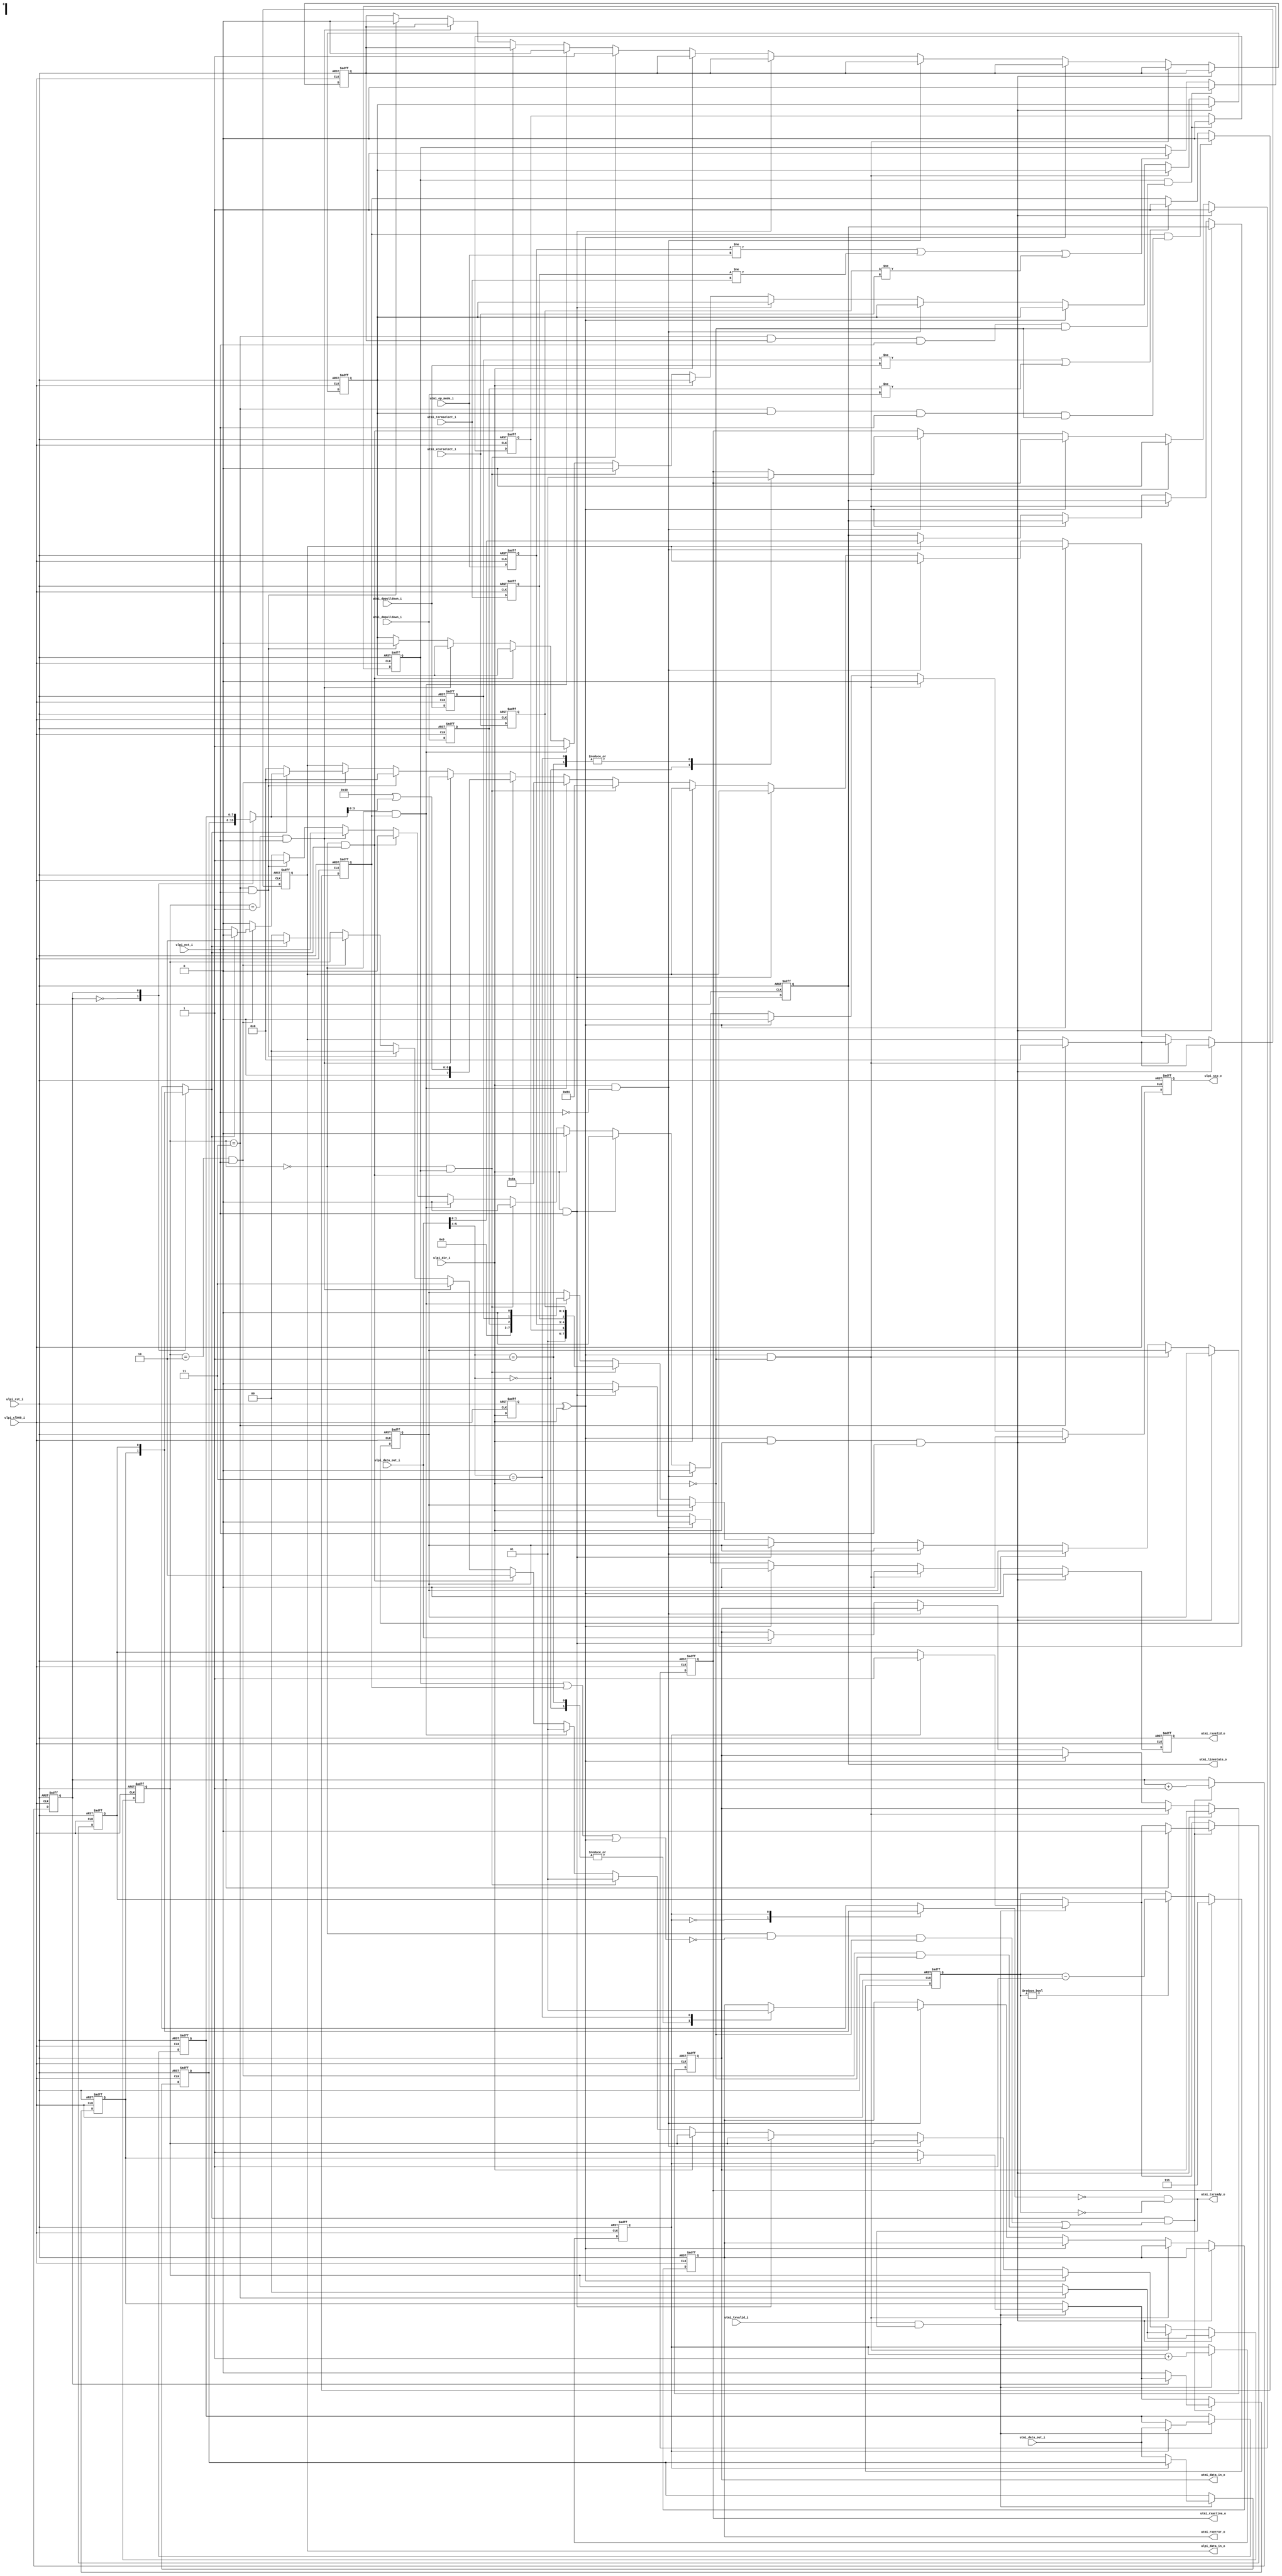
//-----------------------------------------------------------------
//                        ULPI (Link) Wrapper
//                              V1.1
//                        Ultra-Embedded.com
//                        Copyright 2015-2018
//
//
//                         License: GPL
// If you would like a version with a more permissive license for
// use in closed source commercial applications please contact me
// for details.
//-----------------------------------------------------------------
//
// This file is open source HDL; you can redistribute it and/or 
// modify it under the terms of the GNU General Public License as 
// published by the Free Software Foundation; either version 2 of 
// the License, or (at your option) any later version.
//
// This file is distributed in the hope that it will be useful,
// but WITHOUT ANY WARRANTY; without even the implied warranty of
// MERCHANTABILITY or FITNESS FOR A PARTICULAR PURPOSE.  See the
// GNU General Public License for more details.
//
// You should have received a copy of the GNU General Public 
// License along with this file; if not, write to the Free Software
// Foundation, Inc., 59 Temple Place, Suite 330, Boston, MA 02111-1307
// USA
//-----------------------------------------------------------------

//-----------------------------------------------------------------
// Module: UTMI+ to ULPI Wrapper
//
// Description:
//   - Converts from UTMI interface to reduced pin count ULPI.
//   - No support for low power mode.
//   - I/O synchronous to 60MHz ULPI clock input (from PHY)
//   - Tested against SMSC/Microchip USB3300 in device mode.
//-----------------------------------------------------------------
module ulpi_wrapper
(
    // ULPI Interface (PHY)
    input             ulpi_clk60_i,
    input             ulpi_rst_i,
    input  [7:0]      ulpi_data_out_i,
    output [7:0]      ulpi_data_in_o,
    input             ulpi_dir_i,
    input             ulpi_nxt_i,
    output            ulpi_stp_o,

    // UTMI Interface (SIE)
    input             utmi_txvalid_i,
    output            utmi_txready_o,
    output            utmi_rxvalid_o,
    output            utmi_rxactive_o,
    output            utmi_rxerror_o,
    output [7:0]      utmi_data_in_o,
    input  [7:0]      utmi_data_out_i,  
    input  [1:0]      utmi_xcvrselect_i,
    input             utmi_termselect_i,
    input  [1:0]      utmi_op_mode_i,
    input             utmi_dppulldown_i,
    input             utmi_dmpulldown_i,
    output [1:0]      utmi_linestate_o
);

//-----------------------------------------------------------------
// States
//-----------------------------------------------------------------
localparam STATE_W          = 2;
localparam STATE_IDLE       = 2'd0;
localparam STATE_CMD        = 2'd1;
localparam STATE_DATA       = 2'd2;
localparam STATE_REG        = 2'd3;

reg [STATE_W-1:0]   state_q;

//-----------------------------------------------------------------
// Local Params
//-----------------------------------------------------------------
localparam REG_FUNC_CTRL = 8'h84;
localparam REG_OTG_CTRL  = 8'h8a;
localparam REG_TRANSMIT  = 8'h40;
localparam REG_WRITE     = 8'h80;
localparam REG_READ      = 8'hC0;

//-----------------------------------------------------------------
// UTMI Mode Select
//-----------------------------------------------------------------
reg         mode_update_q;
reg [1:0]   xcvrselect_q;
reg         termselect_q;
reg [1:0]   opmode_q;
reg         phy_reset_q;
reg         mode_write_q;

// Detect register write completion
wire mode_complete_w = (state_q == STATE_REG &&
                        mode_write_q         && 
                        ulpi_nxt_i           && 
                        !ulpi_dir_i);           // Not interrupted by a Rx

always @ (posedge ulpi_clk60_i or posedge ulpi_rst_i)
if (ulpi_rst_i)
begin
    mode_update_q   <= 1'b0;
    xcvrselect_q    <= 2'b0;
    termselect_q    <= 1'b0;
    opmode_q        <= 2'b11;
    phy_reset_q     <= 1'b1;
end
else
begin
    xcvrselect_q    <= utmi_xcvrselect_i;
    termselect_q    <= utmi_termselect_i;
    opmode_q        <= utmi_op_mode_i;

    if (mode_update_q && mode_complete_w)
    begin
        mode_update_q <= 1'b0;
        phy_reset_q   <= 1'b0;
    end
    else if (opmode_q     != utmi_op_mode_i     ||
             termselect_q != utmi_termselect_i ||
             xcvrselect_q != utmi_xcvrselect_i)
        mode_update_q <= 1'b1;
end

//-----------------------------------------------------------------
// UTMI OTG Control
//-----------------------------------------------------------------
reg otg_update_q;
reg dppulldown_q;
reg dmpulldown_q;
reg otg_write_q;

// Detect register write completion
wire otg_complete_w  = (state_q == STATE_REG &&
                        otg_write_q         && 
                        ulpi_nxt_i           && 
                        !ulpi_dir_i);           // Not interrupted by a Rx

always @ (posedge ulpi_clk60_i or posedge ulpi_rst_i)
if (ulpi_rst_i)
begin
    otg_update_q    <= 1'b0;
    dppulldown_q    <= 1'b1;
    dmpulldown_q    <= 1'b1;
end
else
begin
    dppulldown_q    <= utmi_dppulldown_i;
    dmpulldown_q    <= utmi_dmpulldown_i;

    if (otg_update_q && otg_complete_w)
        otg_update_q <= 1'b0;
    else if (dppulldown_q != utmi_dppulldown_i ||
             dmpulldown_q != utmi_dmpulldown_i)
        otg_update_q <= 1'b1;
end

//-----------------------------------------------------------------
// Bus turnaround detect
//-----------------------------------------------------------------
reg ulpi_dir_q;

always @ (posedge ulpi_clk60_i or posedge ulpi_rst_i)
if (ulpi_rst_i)
    ulpi_dir_q <= 1'b0;
else
    ulpi_dir_q <= ulpi_dir_i;

wire turnaround_w = ulpi_dir_q ^ ulpi_dir_i;

//-----------------------------------------------------------------
// Rx - Tx delay
//-----------------------------------------------------------------
localparam TX_DELAY_W       = 3;
localparam TX_START_DELAY   = 3'd7;

reg [TX_DELAY_W-1:0] tx_delay_q;

always @ (posedge ulpi_clk60_i or posedge ulpi_rst_i)
if (ulpi_rst_i)
    tx_delay_q <= {TX_DELAY_W{1'b0}};
else if (utmi_rxactive_o)
    tx_delay_q <= TX_START_DELAY;
else if (tx_delay_q != {TX_DELAY_W{1'b0}})
    tx_delay_q <= tx_delay_q - 1;

wire tx_delay_complete_w = (tx_delay_q == {TX_DELAY_W{1'b0}});

//-----------------------------------------------------------------
// Tx Buffer - decouple UTMI Tx from PHY I/O
//-----------------------------------------------------------------
reg [7:0] tx_buffer_q[0:1];
reg       tx_valid_q[0:1];
reg       tx_wr_idx_q;
reg       tx_rd_idx_q;

wire      utmi_tx_ready_w;
wire      utmi_tx_accept_w;

always @ (posedge ulpi_clk60_i or posedge ulpi_rst_i)
if (ulpi_rst_i)
begin
    tx_buffer_q[0] <= 8'b0;
    tx_buffer_q[1] <= 8'b0;
    tx_valid_q[0]  <= 1'b0;
    tx_valid_q[1]  <= 1'b0;
    tx_wr_idx_q    <= 1'b0;
    tx_rd_idx_q    <= 1'b0;
end    
else
begin
    // Push
    if (utmi_txvalid_i && utmi_txready_o)
    begin
        tx_buffer_q[tx_wr_idx_q] <= utmi_data_out_i;
        tx_valid_q[tx_wr_idx_q]  <= 1'b1;

        tx_wr_idx_q <= tx_wr_idx_q + 1'b1;
    end

    // Pop
    if (utmi_tx_ready_w && utmi_tx_accept_w)
    begin
        tx_valid_q[tx_rd_idx_q]  <= 1'b0;
        tx_rd_idx_q <= tx_rd_idx_q + 1'b1;
    end
end

// Tx buffer space (only accept after Rx->Tx turnaround delay)
assign utmi_txready_o  = ~tx_valid_q[tx_wr_idx_q] & tx_delay_complete_w;

assign utmi_tx_ready_w = tx_valid_q[tx_rd_idx_q];

wire [7:0] utmi_tx_data_w = tx_buffer_q[tx_rd_idx_q];

//-----------------------------------------------------------------
// Implementation
//-----------------------------------------------------------------

// Xilinx placement pragmas:
//synthesis attribute IOB of ulpi_data_q is "TRUE"
//synthesis attribute IOB of ulpi_stp_q is "TRUE"

reg [7:0]           ulpi_data_q;
reg                 ulpi_stp_q;
reg [7:0]           data_q;

reg                 utmi_rxvalid_q;
reg                 utmi_rxerror_q;
reg                 utmi_rxactive_q;
reg [1:0]           utmi_linestate_q;
reg [7:0]           utmi_data_q;

always @ (posedge ulpi_clk60_i or posedge ulpi_rst_i)
if (ulpi_rst_i)
begin
    state_q             <= STATE_IDLE;
    ulpi_data_q         <= 8'b0;
    data_q              <= 8'b0;
    ulpi_stp_q          <= 1'b1;

    utmi_rxvalid_q      <= 1'b0;
    utmi_rxerror_q      <= 1'b0;
    utmi_rxactive_q     <= 1'b0;
    utmi_linestate_q    <= 2'b0;
    utmi_data_q         <= 8'b0;

    mode_write_q        <= 1'b0;
    otg_write_q         <= 1'b0;
end
else
begin
    ulpi_stp_q          <= 1'b0;
    utmi_rxvalid_q      <= 1'b0;

    // Turnaround: Input + NXT - set RX_ACTIVE
    if (turnaround_w && ulpi_dir_i && ulpi_nxt_i)
    begin
        utmi_rxactive_q <= 1'b1;

        // Register write - abort
        if (state_q == STATE_REG)
        begin
            state_q       <= STATE_IDLE;
            ulpi_data_q   <= 8'b0;  // IDLE
        end
    end
    // Turnaround: Input -> Output - reset RX_ACTIVE
    else if (turnaround_w && !ulpi_dir_i)
    begin
        utmi_rxactive_q <= 1'b0;

        // Register write - abort
        if (state_q == STATE_REG)
        begin
            state_q       <= STATE_IDLE;
            ulpi_data_q   <= 8'b0;  // IDLE
        end
    end
    // Non-turnaround cycle
    else if (!turnaround_w)
    begin
        //-----------------------------------------------------------------
        // Input: RX_CMD (status)
        //-----------------------------------------------------------------
        if (ulpi_dir_i && !ulpi_nxt_i)
        begin
            // Phy status
            utmi_linestate_q <= ulpi_data_out_i[1:0];

            case (ulpi_data_out_i[5:4])
            2'b00:
            begin
                utmi_rxactive_q <= 1'b0;
                utmi_rxerror_q  <= 1'b0;
            end
            2'b01: 
            begin
                utmi_rxactive_q <= 1'b1;
                utmi_rxerror_q  <= 1'b0;
            end
            2'b11:
            begin
                utmi_rxactive_q <= 1'b1;
                utmi_rxerror_q  <= 1'b1;
            end
            default:
                ; // HOST_DISCONNECTED
            endcase
        end
        //-----------------------------------------------------------------
        // Input: RX_DATA
        //-----------------------------------------------------------------
        else if (ulpi_dir_i && ulpi_nxt_i)
        begin
            utmi_rxvalid_q  <= 1'b1;
            utmi_data_q     <= ulpi_data_out_i;
        end
        //-----------------------------------------------------------------
        // Output
        //-----------------------------------------------------------------
        else if (!ulpi_dir_i)
        begin        
            // IDLE: Pending mode update
            if ((state_q == STATE_IDLE) && mode_update_q)
            begin
                data_q        <= {1'b0, 1'b1, phy_reset_q, opmode_q, termselect_q, xcvrselect_q};
                ulpi_data_q   <= REG_FUNC_CTRL;

                otg_write_q   <= 1'b0;
                mode_write_q  <= 1'b1;

                state_q       <= STATE_CMD;
            end
            // IDLE: Pending OTG control update
            else if ((state_q == STATE_IDLE) && otg_update_q)
            begin
                data_q        <= {5'b0, dmpulldown_q, dppulldown_q, 1'b0};
                ulpi_data_q   <= REG_OTG_CTRL;

                otg_write_q   <= 1'b1;
                mode_write_q  <= 1'b0;

                state_q       <= STATE_CMD;
            end
            // IDLE: Pending transmit
            else if ((state_q == STATE_IDLE) && utmi_tx_ready_w)
            begin
                ulpi_data_q <= REG_TRANSMIT | {4'b0, utmi_tx_data_w[3:0]};
                state_q     <= STATE_DATA;
            end
            // Command
            else if ((state_q == STATE_CMD) && ulpi_nxt_i)
            begin
                // Write Register
                state_q     <= STATE_REG;
                ulpi_data_q <= data_q;
            end
            // Data (register write)
            else if (state_q == STATE_REG && ulpi_nxt_i)
            begin
                state_q       <= STATE_IDLE;
                ulpi_data_q   <= 8'b0;  // IDLE
                ulpi_stp_q    <= 1'b1;

                otg_write_q   <= 1'b0;
                mode_write_q  <= 1'b0;
            end
            // Data
            else if (state_q == STATE_DATA && ulpi_nxt_i)
            begin
                // End of packet
                if (!utmi_tx_ready_w)
                begin
                    state_q       <= STATE_IDLE;
                    ulpi_data_q   <= 8'b0;  // IDLE
                    ulpi_stp_q    <= 1'b1;
                end
                else
                begin
                    state_q        <= STATE_DATA;
                    ulpi_data_q    <= utmi_tx_data_w;
                end
            end
        end
    end
end

// Accept from buffer
assign utmi_tx_accept_w = ((state_q == STATE_IDLE) && !(mode_update_q || otg_update_q || turnaround_w) && !ulpi_dir_i) ||
                          (state_q == STATE_DATA && ulpi_nxt_i && !ulpi_dir_i);

//-----------------------------------------------------------------
// Assignments
//-----------------------------------------------------------------
// ULPI Interface
assign ulpi_data_in_o       = ulpi_data_q;
assign ulpi_stp_o           = ulpi_stp_q;

// UTMI Interface
assign utmi_linestate_o     = utmi_linestate_q;
assign utmi_data_in_o       = utmi_data_q;
assign utmi_rxerror_o       = utmi_rxerror_q;
assign utmi_rxactive_o      = utmi_rxactive_q;
assign utmi_rxvalid_o       = utmi_rxvalid_q;



endmodule